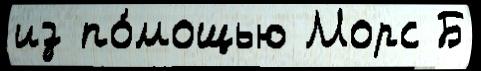
из по́мощью Морс Б